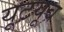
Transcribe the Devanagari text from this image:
यूटयूब